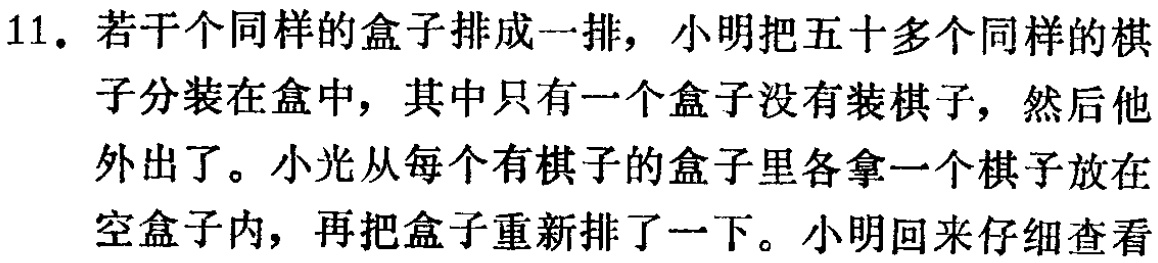
11. 若干个同样的盒子排成一排，小明把五十多个同样的棋子分装在盒中，其中只有一个盒子没有装棋子，然后他外出了。小光从每个有棋子的盒子里各拿一个棋子放在空盒子内，再把盒子重新排了一下。小明回来仔细查看